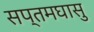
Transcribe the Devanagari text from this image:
सप्तमघासु